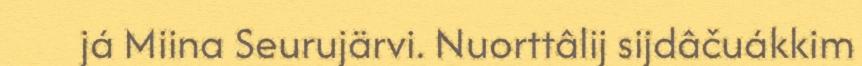
já Miina Seurujärvi. Nuorttâlij sijdâčuákkim